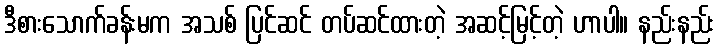
ဒီစားသောက်ခန်းမက အသစ် ပြင်ဆင် တပ်ဆင်ထားတဲ့ အဆင့်မြင့်တဲ့ ဟာပါ။ နည်းနည်း